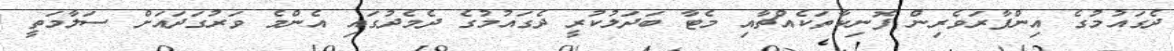
ދެގައުމުގެ އިންފާރަވެރިން ފޮނިކާތަކެއްޗާއި މެޓާ ބަދަލުކުރީ ދެގައުމުގެ ދެމެދުގައި އެންމެ ވަރުގަދައަށް ސަލާމަތީ